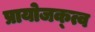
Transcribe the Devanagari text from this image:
प्रायोजक्त्व